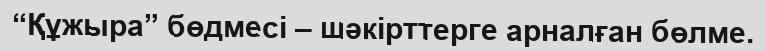
“Құжыра” бөдмесі – шәкірттерге арналған бөлме.